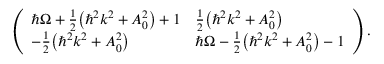
\left( \begin{array} { l l } { \hbar \Omega + { \frac { 1 } { 2 } } { \left( \hbar ^ { 2 } k ^ { 2 } + A _ { 0 } ^ { 2 } \right) } + 1 } & { { \frac { 1 } { 2 } } { \left( \hbar ^ { 2 } k ^ { 2 } + A _ { 0 } ^ { 2 } \right) } } \\ { - { \frac { 1 } { 2 } } { \left( \hbar ^ { 2 } k ^ { 2 } + A _ { 0 } ^ { 2 } \right) } } & { \hbar \Omega - { \frac { 1 } { 2 } } { \left( \hbar ^ { 2 } k ^ { 2 } + A _ { 0 } ^ { 2 } \right) } - 1 } \end{array} \right) .